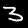
Digit: 3